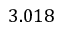
3 . 0 1 8